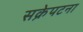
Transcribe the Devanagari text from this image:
सक्रेपटना